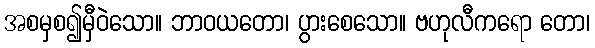
အစမှစ၍မှီဝဲသော။ ဘာဝယတော၊ ပွားစေသော။ ဗဟုလီကရော တော၊